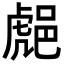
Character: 𨛸